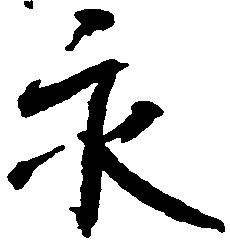
永